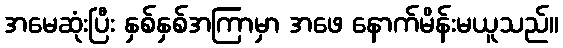
အမေဆုံးပြီး နှစ်နှစ်အကြာမှာ အဖေ နောက်မိန်းမယူသည်။